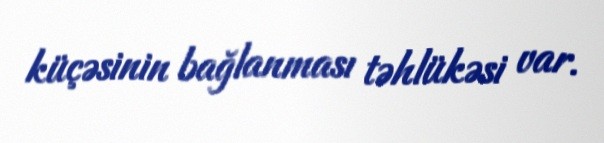
küçəsinin bağlanması təhlükəsi var.